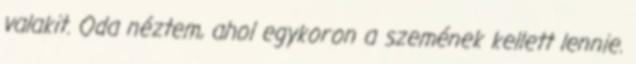
valakit. Oda néztem, ahol egykoron a szemének kellett lennie.